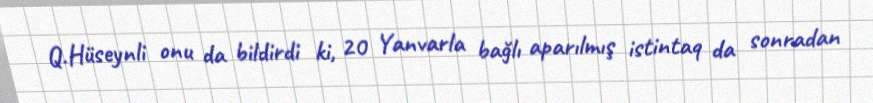
Q.Hüseynli onu da bildirdi ki, 20 Yanvarla bağlı aparılmış istintaq da sonradan